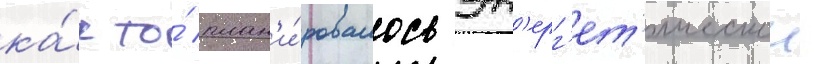
ка́к то́ план'и́ровалось эн'ерг'ет'ическои